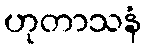
ဟုတာသနံ